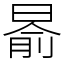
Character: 𣈯